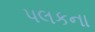
પલકના